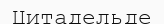
Цитадельде